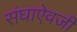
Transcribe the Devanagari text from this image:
संघाऐवजी